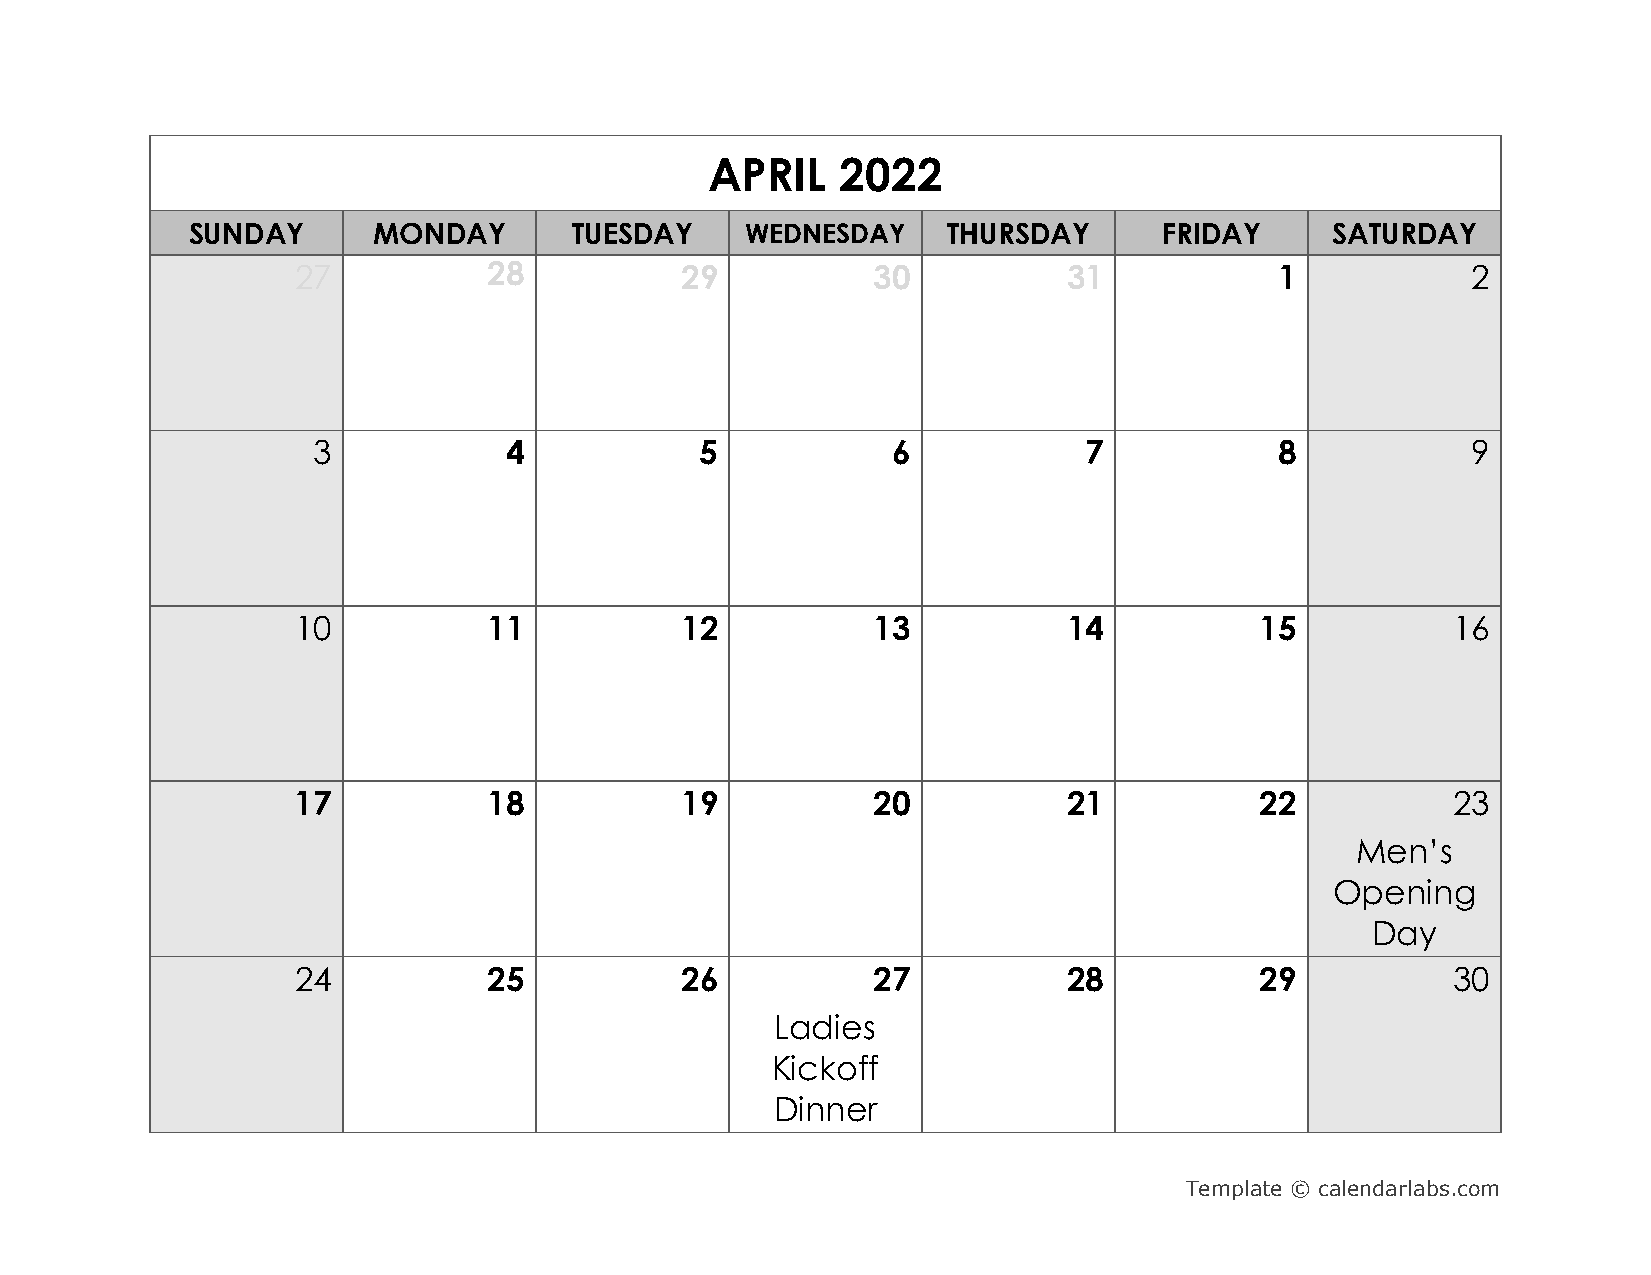
APRIL    2022
 SUNDAY       MONDAY       TUESDAY    WEDNESDAY     THURSDAY      FRIDAY     SATURDAY
 27          28           29           30           31            1           2
 3           4            5            6            7            8           9
 10          11           12           13           14          15           16
 17           18           19           20           21          22           23
 Men’s
 Opening
 Day
 24          25           26           27           28          29           30
 Ladies
 Kickoff
 Dinner
 Template © calendarlabs.com